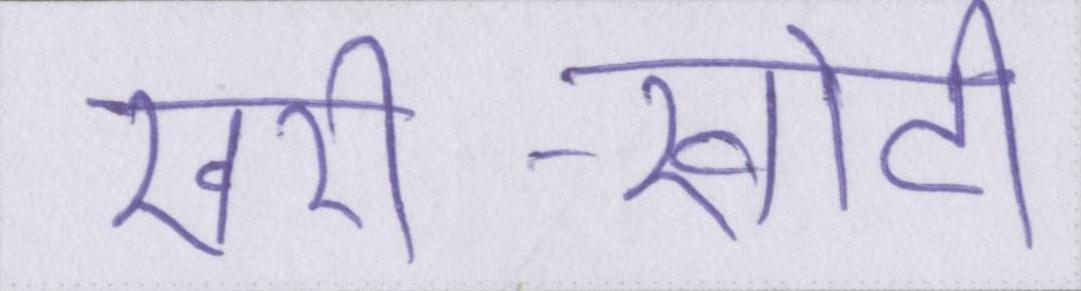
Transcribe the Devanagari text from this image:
खरी-खोटी